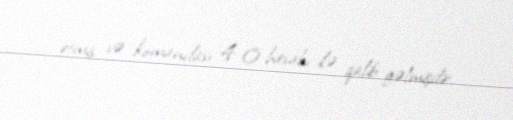
etmiş və komandası 4-0 hesabı ilə qalib gəlmişdir.